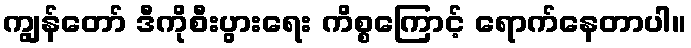
ကျွန်တော် ဒီကိုစီးပွားရေး ကိစ္စကြောင့် ရောက်နေတာပါ။